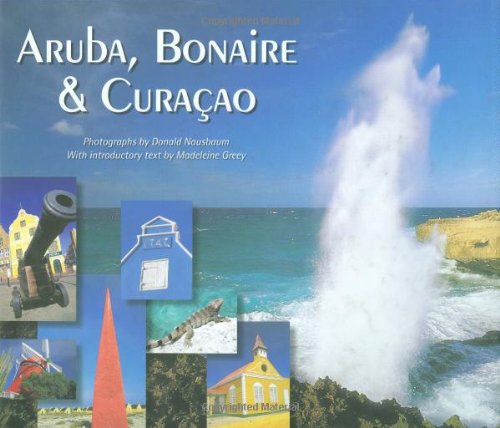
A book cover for Aruba Bonaire & Curagao; Madeleine Greey; Travel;